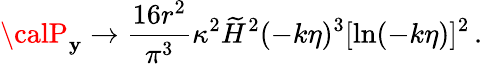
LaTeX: {\calP}_{\mathbf{y}}\to{\frac{{16r^{2}}}{{\pi^{3}}}}\kappa^{2}\widetilde{{H}}^{2}(-k\eta)^{3}[\ln(-k\eta)]^{2}\, .